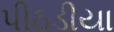
પીઠડીયા